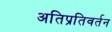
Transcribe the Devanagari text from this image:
अतिप्रतिवर्तन